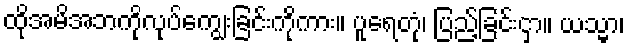
ထိုအမိအဘကိုလုပ်ကျွေးခြင်းကိုကား။ ပူရေတုံ၊ ပြည့်ခြင်းငှာ။ ယသ္မာ၊